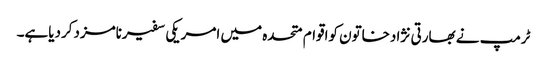
ٹرمپ نے بھارتی نژادخاتون کواقوام متحدہ میں امریکی سفیرنامزدکردیاہے۔